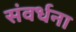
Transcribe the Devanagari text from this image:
संवर्धना